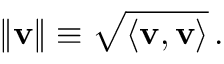
\lVert \mathbf { v } \rVert \equiv { \sqrt { \langle \mathbf { v } , \mathbf { v } \rangle } } \, .